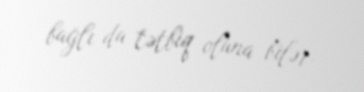
bağlı da tətbiq oluna bilər.